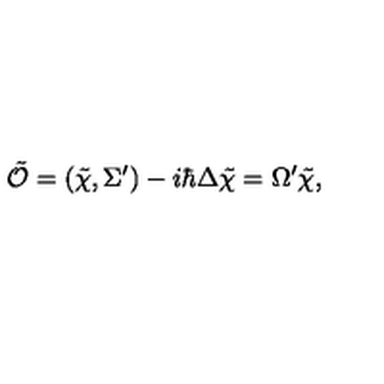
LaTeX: \tilde { \cal O } = ( \tilde { \chi } , \Sigma ^ { \prime } ) - i \hbar \Delta \tilde { \chi } = \Omega ^ { \prime } \tilde { \chi } ,